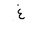
Letter: _gayn